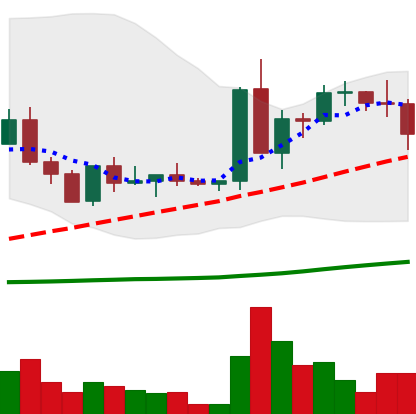
Ticker: ETC-USD
Chart end date: 2022-09-13
Forward return: -18.179%
Label: down_7plus